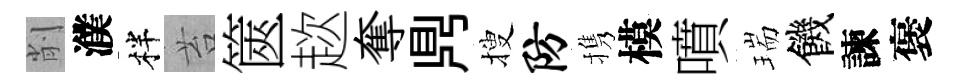
削濮柈苔篋趑奪𪔂搜防携模噴瑞饑諫褒